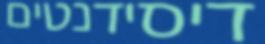
דיסידנטים